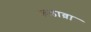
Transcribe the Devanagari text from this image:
कडाव्रा